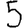
Digit: 5